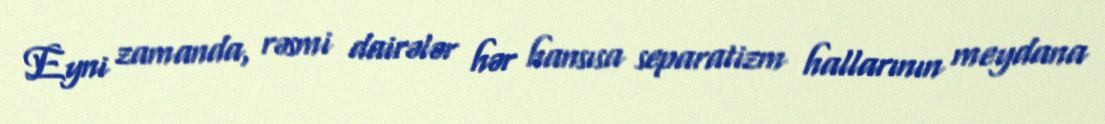
Eyni zamanda, rəsmi dairələr hər hansısa separatizm hallarının meydana